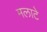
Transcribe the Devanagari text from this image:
मलाटे